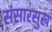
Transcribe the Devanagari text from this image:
संसारसुख